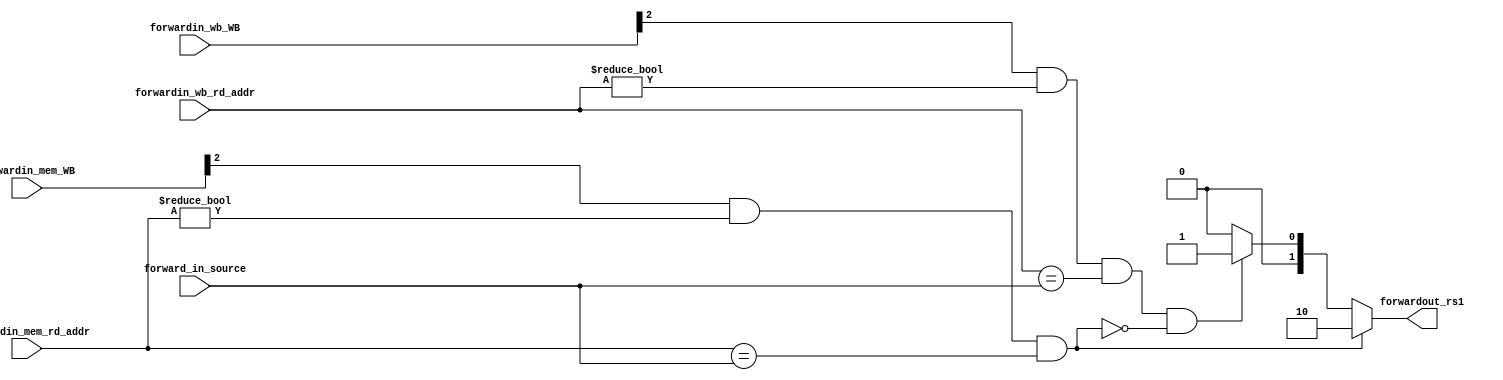
module CSR_FORWARDING_UNIT(
    input [4:0] forward_in_source,
    input [4:0] forwardin_mem_rd_addr,
    input [4:0] forwardin_wb_rd_addr,
    input [2:0] forwardin_mem_WB,
    input [2:0] forwardin_wb_WB,

    output [1:0] forwardout_rs1
);

// this module will generate a 2-bit signal to indicate the source of the operand

    // 00 : operand from source register
    // 01 : operand from wb
    // 10 : operand from mem
    // 11 : never used

    reg [1:0] forward_rs1_reg;
    always @(*) begin 
        if (forwardin_mem_WB[2]==1'b1 && forwardin_mem_rd_addr != 0 && forwardin_mem_rd_addr == forward_in_source ) begin
            forward_rs1_reg = 2'b10;
        end else if (forwardin_wb_WB[2]==1'b1 && forwardin_wb_rd_addr != 0 && forwardin_wb_rd_addr == forward_in_source && ~(forwardin_mem_WB[2]==1'b1 && forwardin_mem_rd_addr != 0 && forwardin_mem_rd_addr == forward_in_source)) begin
            forward_rs1_reg = 2'b01;
        end else begin
            forward_rs1_reg = 2'b00;
        end
    end

    assign forwardout_rs1 = forward_rs1_reg;

endmodule